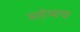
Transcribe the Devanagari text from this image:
स्तंभच